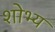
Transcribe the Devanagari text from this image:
शोभ्य